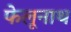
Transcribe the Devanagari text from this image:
फेलूनाथ